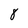
Character: 8